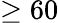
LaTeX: \ge 60